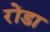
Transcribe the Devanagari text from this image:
रोंडा